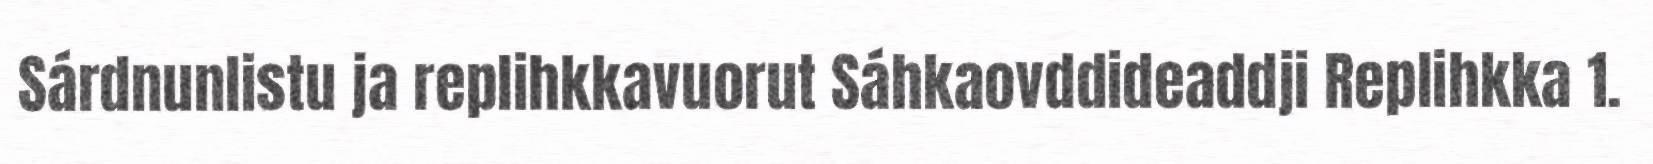
Sárdnunlistu ja replihkkavuorut Sáhkaovddideaddji Replihkka 1.